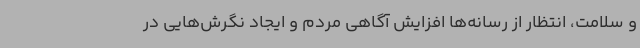
و سلامت، انتظار از رسانه‌ها افزایش آگاهی مردم و ایجاد نگرش‌هایی در